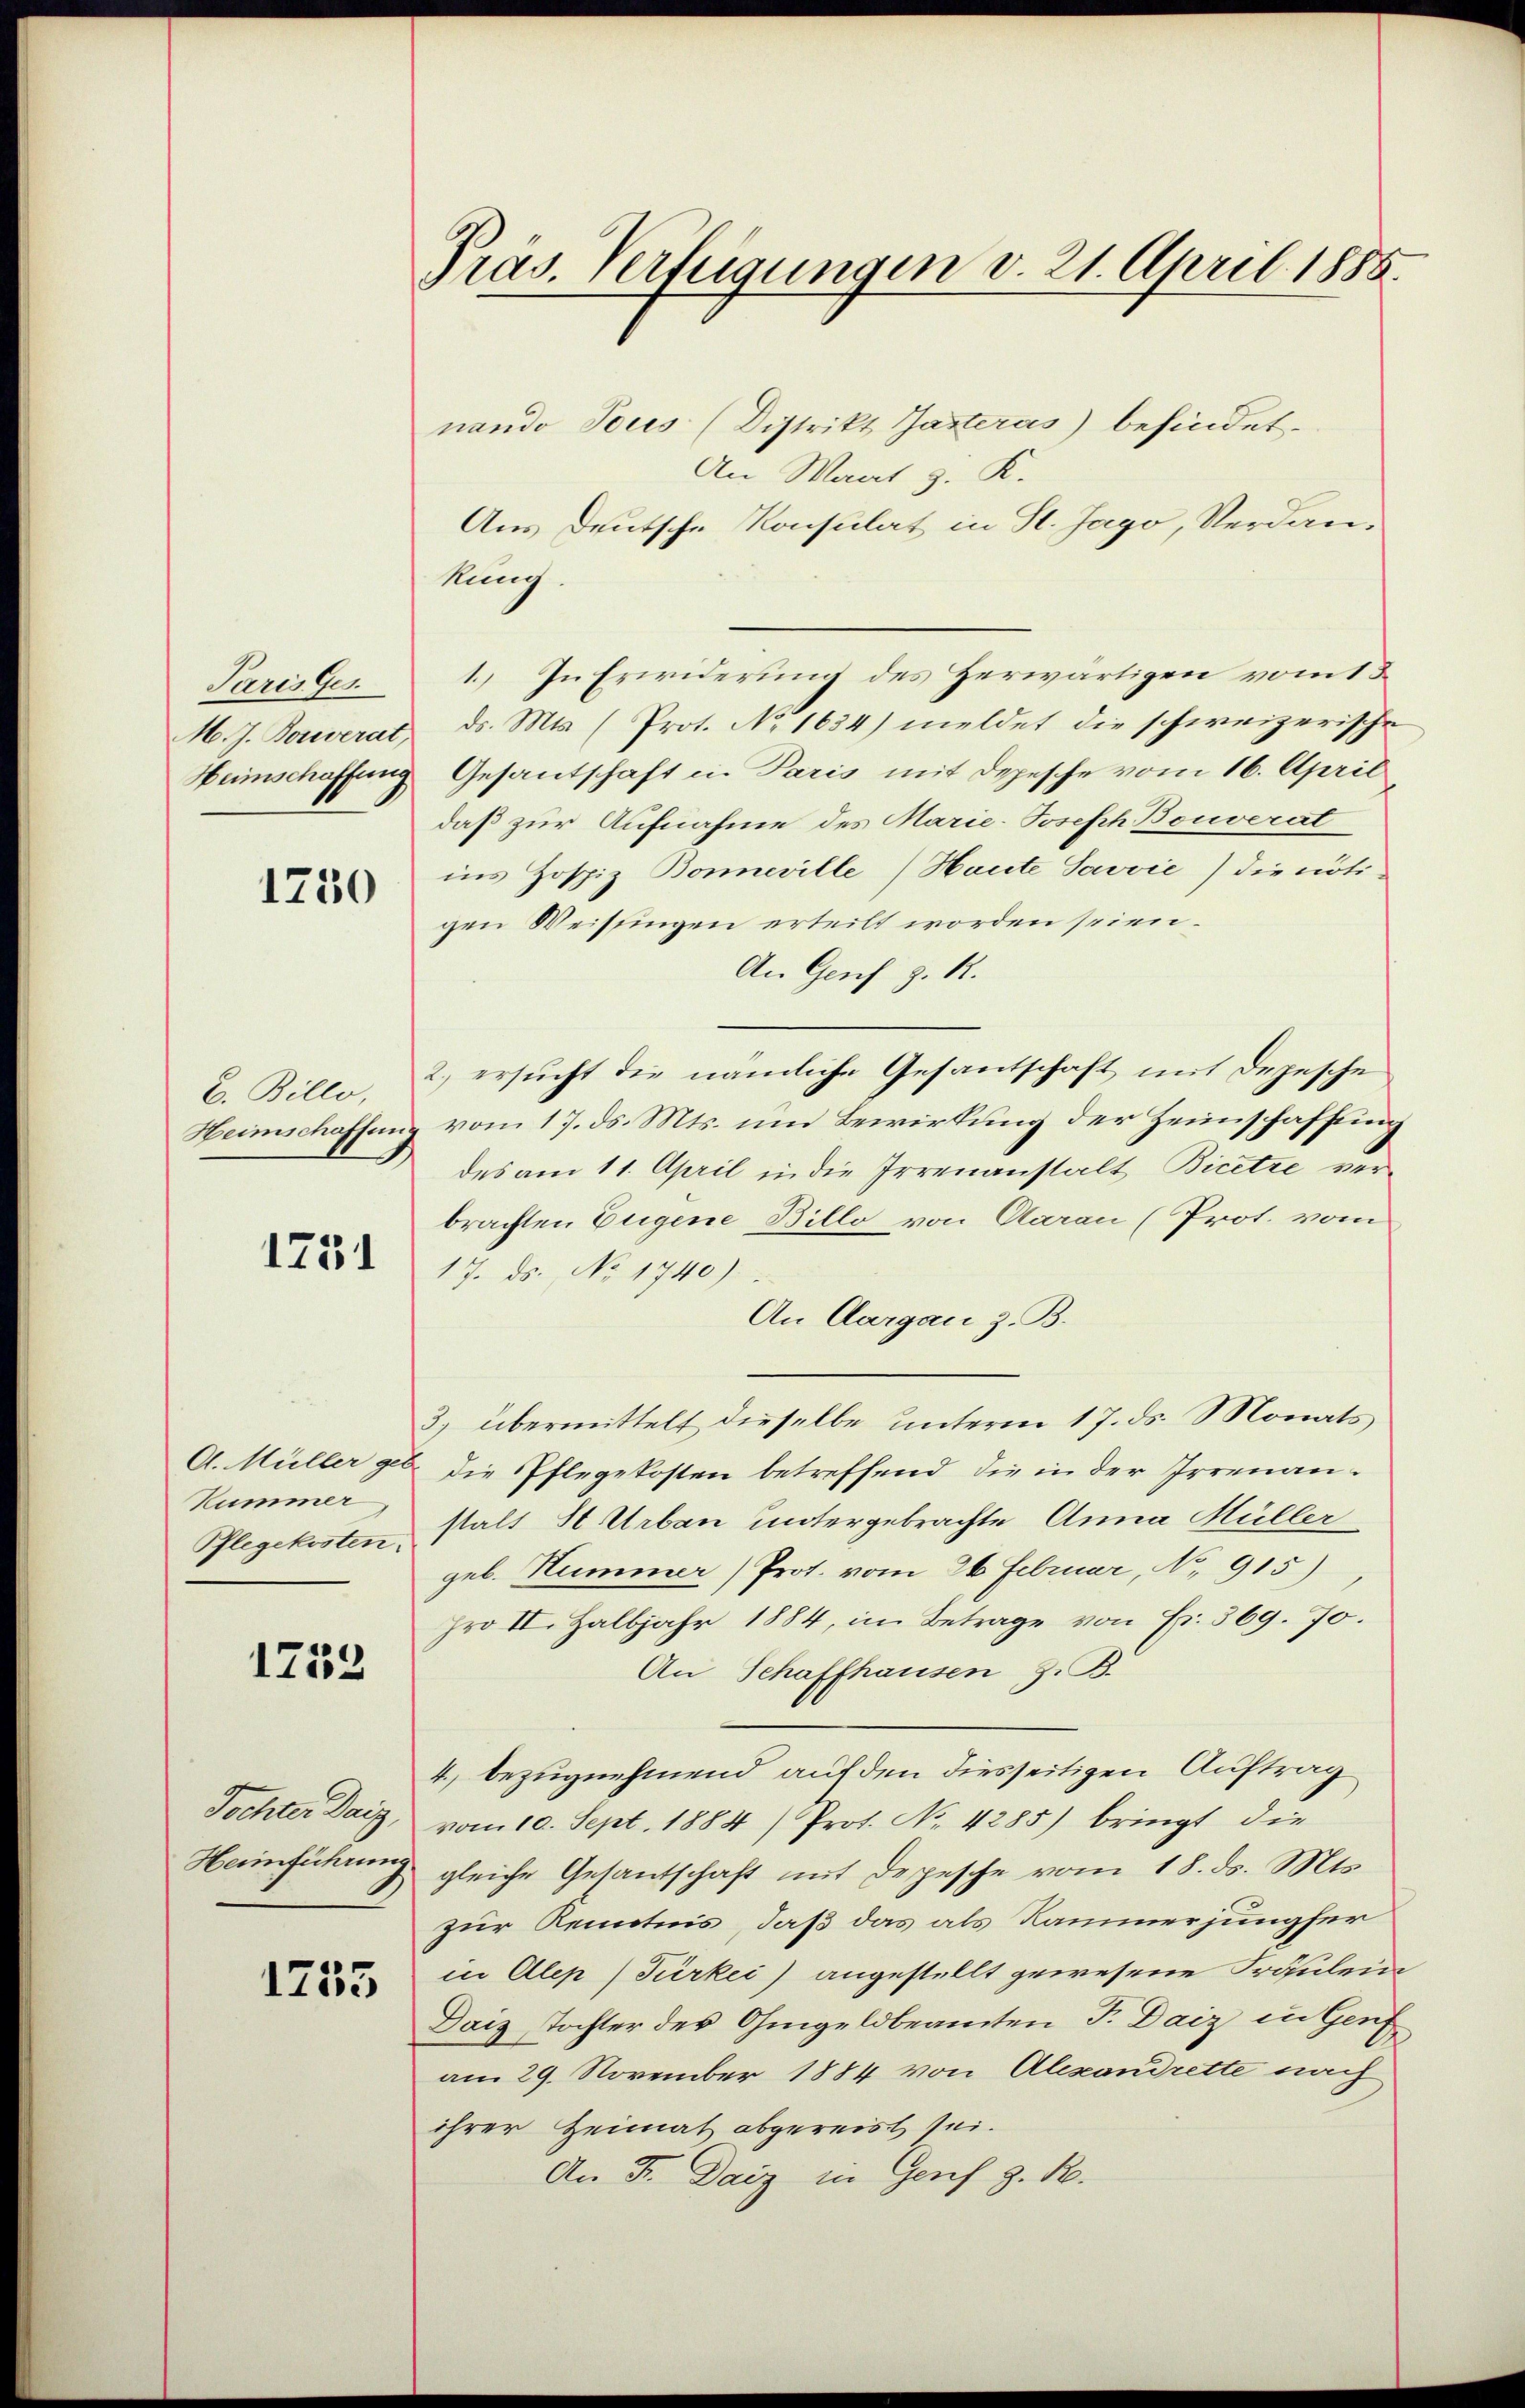
Paris Ges
Heimschaffung

1250

1751

A. Müller ger
Kummer
Pflegekosten.

1752

Tochter Deiz,
Heimführung

1755

Präs. Verfügungen v. 21. April 1885.

nando Tous (Distrikt Gasteras) befindet.
An Mart z. K.
Aus deutsche Konsulat in St. Jago, Verdankung.
1. In Erwiderung des Herwärtigen vom 13
M. J. Bouverat d. Mts. (Prot. No 1634) meldet die schweizerische
Gesantschaft u. Paris mit Depesche vom 16. April
daß zur Aufnahme des Marie-Joseph Bouverat
ins Hospiz Boneville (Haute Javvić) die nöti-
gen Weistingen erteilt worden seien.
An Genf z. R.
C. Billo, 2.) ersucht die nämliche Gesantschaft mit Depesche
Heimschaffung vom 17. ds. Mts. um Bewirkung der Heimschaffung
des am 11. April in die Irrenanstalt Bicetze verbrachten Eugene Billo von Aarau (Prot. vom
17. ds. No 1740).
An Aargau z. B.
3) übermittelt dieselbe unterm 17. ds. Monats
b. die Pflegekosten betreffend die in der Irrenanstalt St. Urbau untergebrachte Anna Müller
geb. Hummer (Prot. vom 26. Februar, No. 915)
pro II. Halbjahr 1884, im Betrage von Fr. 569. 70.
An Schaffhausen, z. B.
4) bezugnehmend auf den diesseitigen Auftrag
vom 10. Sept. 1884) Prot. No. 4285) bringt die
gleiche Gesantschaft mit Depesche vom 18. ds. Mts.
zur Kenntnis, daß das als Kammer jungfer
in Alep) Türkei) angestellt gewesene Fräulein
Daiz, Tochter des Ohmgeldbeamten F. Daiz in Genf
am 29. November 1884 von Alexandrette nach
ihrer Heimat abgereist sei.
An Fr. Daiz in Genf z. R.